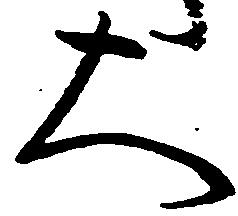
大